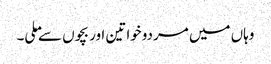
وہاں میں مردوخواتین اور بچوں سے ملی۔